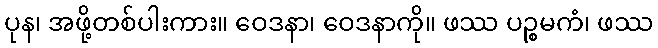
ပုန၊ အဖို့တစ်ပါးကား။ ဝေဒနာ၊ ဝေဒနာကို။ ဖဿ ပဉ္စမကံ၊ ဖဿ